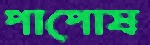
পাপোষ